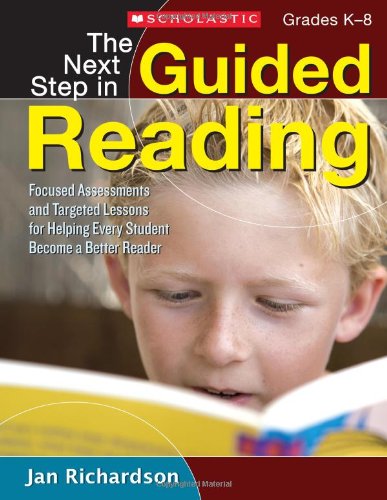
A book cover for The Next Step in Guided Reading: Focused Assessments and Targeted Lessons for Helping Every Student Become a Better Reader; Jan Richardson; Education & Teaching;